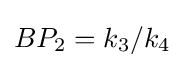
BP_{2}=k_{3}/k_{4}